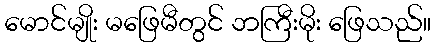
မောင်မျိုး မဖြေမီတွင် ဘကြီးမိုး ဖြေသည်။